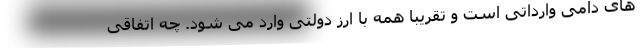
های دامی وارداتی است و تقریبا همه با ارز دولتی وارد می شود. چه اتفاقی